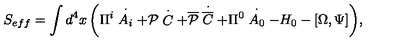
S _ { e f f } = \int { d ^ { 4 } x \left( { \Pi ^ { i } \stackrel { \bf { \cdot } } { A _ { i } } + { \cal P } \stackrel { \bf { \cdot } } { C } + { \overline { { \cal P } } } \stackrel { \bf { \cdot } } { \overline { C } } + \Pi ^ { 0 } \stackrel { \bf { \cdot } } { A _ { 0 } } - H _ { 0 } - \left[ { \Omega , \Psi } \right] } \right) } ,